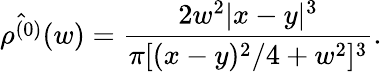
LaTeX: \hat{\rho^{(0)}}(w)=\frac{2w^{2}|x-y|^{3}}{\pi[(x-y)^{2}/4+w^{2}]^{3}}.